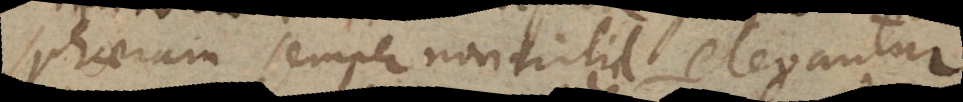
sphaeram semper nonnihil elevantur